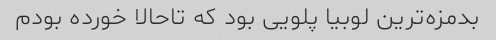
بدمزه‌ترین لوبیا پلویی بود که تاحالا خورده بودم